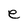
Character: e